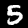
Digit: 5